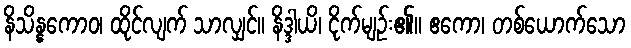
နိသိန္နကောဝ၊ ထိုင်လျက် သာလျှင်။ နိဒ္ဒါယိ၊ ငိုက်မျဉ်း၏။ ဧကော၊ တစ်ယောက်သော